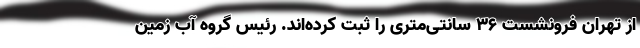
از تهران فرونشست ۳۶ سانتی‌متری را ثبت کرده‌اند. رئیس گروه آب زمین